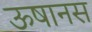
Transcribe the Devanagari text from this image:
ऊषानस